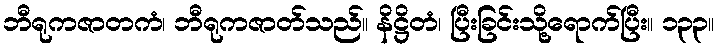
ဘီရုကဇာတကံ၊ ဘီရုကဇာတ်သည်။ နိဋ္ဌိတံ၊ ပြီးခြင်းသို့ရောက်ပြီး။ ၁၃၃။